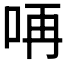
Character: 𠱻